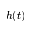
h ( t )